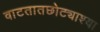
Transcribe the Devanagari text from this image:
वाटतातछोट्याश्या